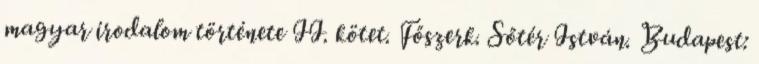
magyar irodalom története II. kötet. Főszerk. Sőtér István. Budapest: